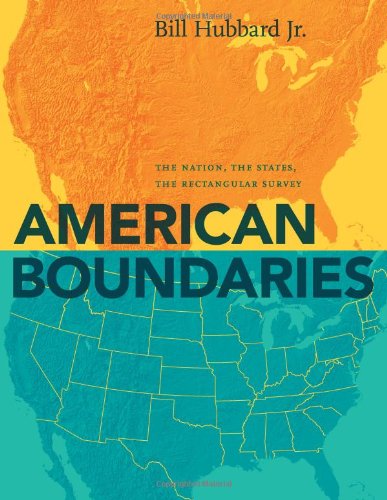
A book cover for American Boundaries: The Nation, the States, the Rectangular Survey; Bill Hubbard Jr.; Science & Math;